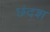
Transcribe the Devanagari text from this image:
छंदश